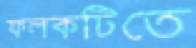
ফলকটিতে